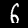
Digit: 6